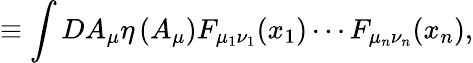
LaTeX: \equiv\int DA_{\mu}\eta\left(A_{\mu}\right)F_{\mu_{1}\nu_{1}}(x_{1})\cdots F_{\mu_{n}\nu_{n}}(x_{n}),